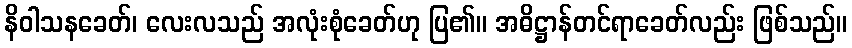
နိဝါသနခေတ်၊ လေးလသည် အလုံးစုံခေတ်ဟု ပြ၏။ အဓိဋ္ဌာန်တင်ရာခေတ်လည်း ဖြစ်သည်။